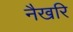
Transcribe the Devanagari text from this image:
नैखरि